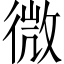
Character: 微